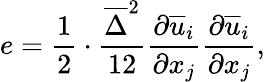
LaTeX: e=\frac{1}{2}\cdot\frac{\overline{{\Delta}}^{2}}{12}\frac{\partial\overline{{u}}_{i}}{\partial x_{j}}\frac{\partial\overline{{u}}_{i}}{\partial x_{j}},